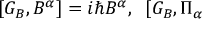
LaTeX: \lbrack G _ { B } , B ^ { \alpha } ] = i \hbar B ^ { \alpha } , \; \; [ G _ { B } , \Pi _ { \alpha }